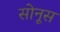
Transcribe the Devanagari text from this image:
सोनूस